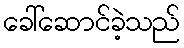
ခေါ်ဆောင်ခဲ့သည်